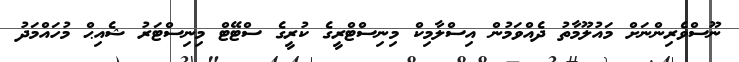
ނޫސްވެރިންނަށް މައުލޫމާތު ދެއްވަމުން އިސްލާމިކް މިނިސްޓްރީގެ ކުރީގެ ސްޓޭޓް މިނިސްޓަރު ޝެއިޙް މުހައްމަދު